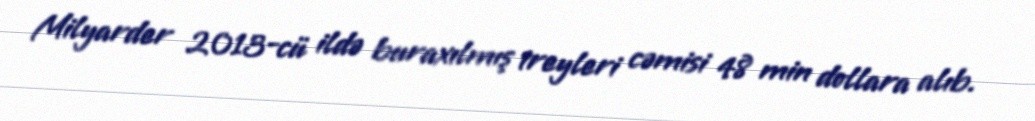
Milyarder 2013-cü ildə buraxılmış treyleri cəmisi 48 min dollara alıb.